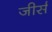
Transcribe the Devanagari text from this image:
जीर्स